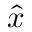
{ \hat { x } }